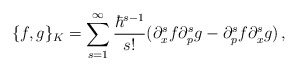
\begin{align*}\{ f , g \}_K = \sum_{s=1}^\infty{\hbar^{s-1} \over s!}(\partial_x^s f \partial_p^s g-\partial_p^s f \partial_x^s g)\,,\end{align*}